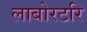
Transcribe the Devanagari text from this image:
लाबोरटरि